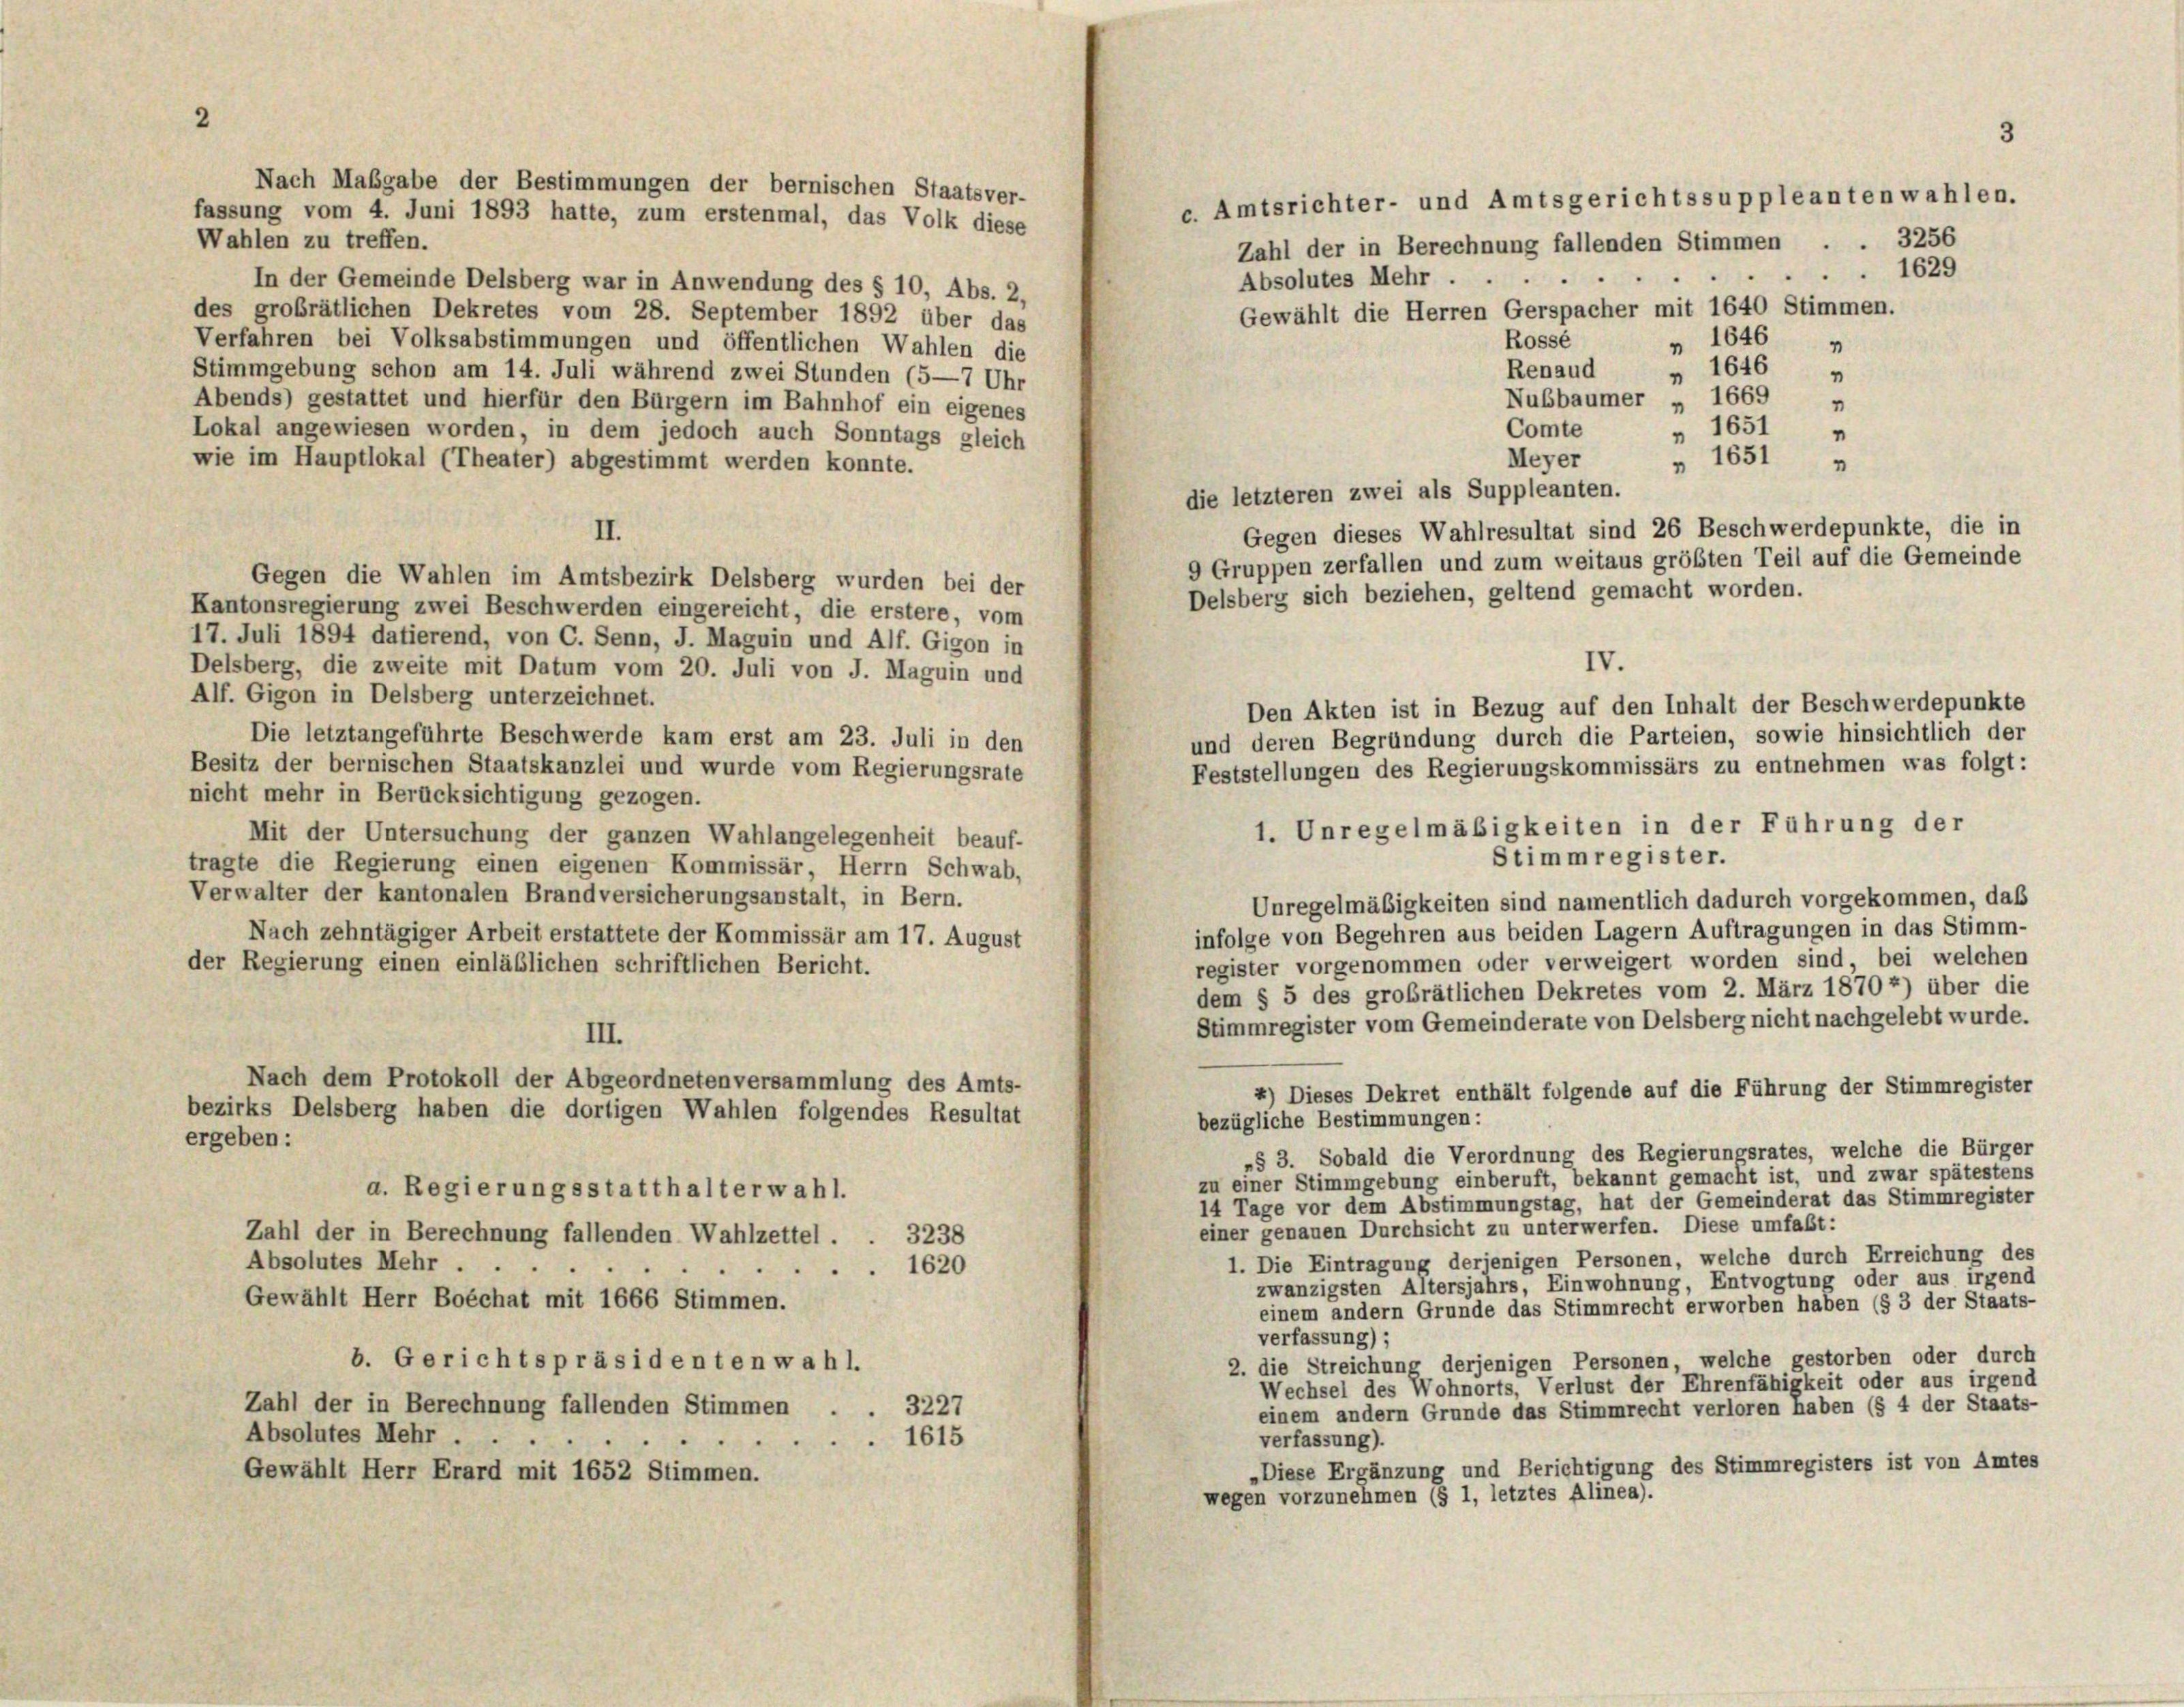
Wahlen zu treffen.
Absolutes Mehr.
In der Gemeinde Delsberg war in Anwendung des § 10, Abs. 2,
des grobrätlichen Dekretes vom 28. September 1892 über das
Verfahren bei Volksabstimmungen und öffentlichen Wahlen die
Renaud
Stimmgebung schon am 14. Juli während zwei Stunden (5—7 Uhr
Abends) gestattet und hierfür den Bürgern im Bahnhof ein eigenes
Comte
Lokal angewiesen worden, in dem jedoch auch Sonntags gleich
Meyer
wie im Hauptlokal (Theater) abgestimmt werden konnte.
Gegen dieses Wahlresultat sind 26 Beschwerdepunkte, die in
II.
9 Gruppen zerfallen und zum weitaus größten Teil auf die Gemeinde
Gegen die Wahlen im Amtsbezirk Delsberg wurden bei der
Kantonsregierung zwei Beschwerden eingereicht, die erstere, vom
17. Juli 1894 datierend, von C. Senn, J. Maguin und Alf. Gigon in
Delsberg, die zweite mit Datum vom 20. Juli von J. Maguin und
Alf. Gigon in Delsberg unterzeichnet.
Den Akten ist in Bezug auf den Inhalt der Beschwerdepunkte
und deren Begründung durch die Parteien, sowie hinsichtlich der
Die letztangeführte Beschwerde kam erst am 23. Juli in den
Besitz der bernischen Staatskanzlei und wurde vom Regierungsrate
Feststellungen des Regierungskommissärs zu entnehmen was folgt:
nicht mehr in Berücksichtigung gezogen.
Mit der Untersuchung der ganzen Wahlangelegenheit beauf-
Stimmregister.
tragte die Regierung einen eigenen Kommissär, Herrn Schwab,
Verwalter der kantonalen Brandversicherungsanstalt, in Bern.
Unregelmäßigkeiten sind namentlich dadurch vorgekommen, daß
infolge von Begehren aus beiden Lagern Auftragungen in das Stimm-
Nach zehntägiger Arbeit erstattete der Kommissär am 17. August
register vorgenommen oder verweigert worden sind, bei welchen
der Regierung einen einläßlichen schriftlichen Bericht.
dem § 5 des großrätlichen Dekretes vom 2. März 1870 *) über die
Stimmregister vom Gemeinderate von Delsberg nicht nachgelebt wurde.
III.
Nach dem Protokoll der Abgeordneten versammlung des Amts-
4) Dieses Dekret enthält folgende auf die Führung der Stimmregister
bezirks Delsberg haben die dortigen Wahlen folgendes Resultat
bezügliche Bestimmungen:
ergeben:
»§ 3. Sobald die Verordnung des Regierungsrates, welche die Bürger
zu einer Stimmgebung einberuft, bekannt gemacht ist, und zwar spätestens
a. Regierungsstatthalterwahl.
14 Tage vor dem Abstimmungstag, hat der Gemeinderat das Stimmregister
einer genauen Durchsicht zu unterwerfen. Diese umfaßt:
Zahl der in Berechnung fallenden Wahlzettel.
3238
1. Die Eintragung derjenigen Personen, welche durch Erreichung des
Absolutes Mehr .
1620
zwanzigsten Altersjahrs, Einwohnung, Entvogtung oder aus irgend
Gewählt Herr Boéchat mit 1666 Stimmen.
einem andern Grunde das Stimmrecht erworben haben (§ 3 der Staats-
verfassung) ;
b. Gerichtspräsidenten wahl.
2. die Streichung derjenigen Personen, welche gestorben oder durch
Wechsel des Wohnorts, Verlust der Ehrenfähigkeit oder aus irgend
Zahl der in Berechnung fallenden Stimmen
3227
einem andern Grunde das Stimmrecht verloren haben (§ 4 der Staats-
Absolutes Mehr .
1615
verfassung).
„Diese Ergänzung und Berichtigung des Stimmregisters ist von Amtes
Gewählt Herr Erard mit 1652 Stimmen.
wegen vorzunehmen (§ 1, letztes Alinea).

Nach Maßgabe der Bestimmungen der bernischen Staatsver-
fassung vom 4. Juni 1893 hatte, zum erstenmal, das Volk diese

die letzteren zwei als Suppleanten.

c. Amtsrichter- und Amtsgerichtssuppleanten wahlen.

IV.

3256
Zahl der in Berechnung fallenden Stimmen
 1629
.
.
Gewählt die Herren Gerspacher mit 1640 Stimmen.
Rossé
 1646 „

Delsberg sich beziehen, geltend gemacht worden.

1. Unregelmäßigkeiten in der Führung der

" 1646
Nubbaumer „ 1669 »
" 1651
" 1651 »

"